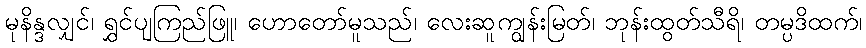
မုနိန္ဒလျှင်၊ ရွှင်ပျကြည်ဖြူ၊ ဟောတော်မူသည်၊ လေးဆူကျွန်းမြတ်၊ ဘုန်းထွတ်သီရိ၊ တမ္ပဒိထက်၊